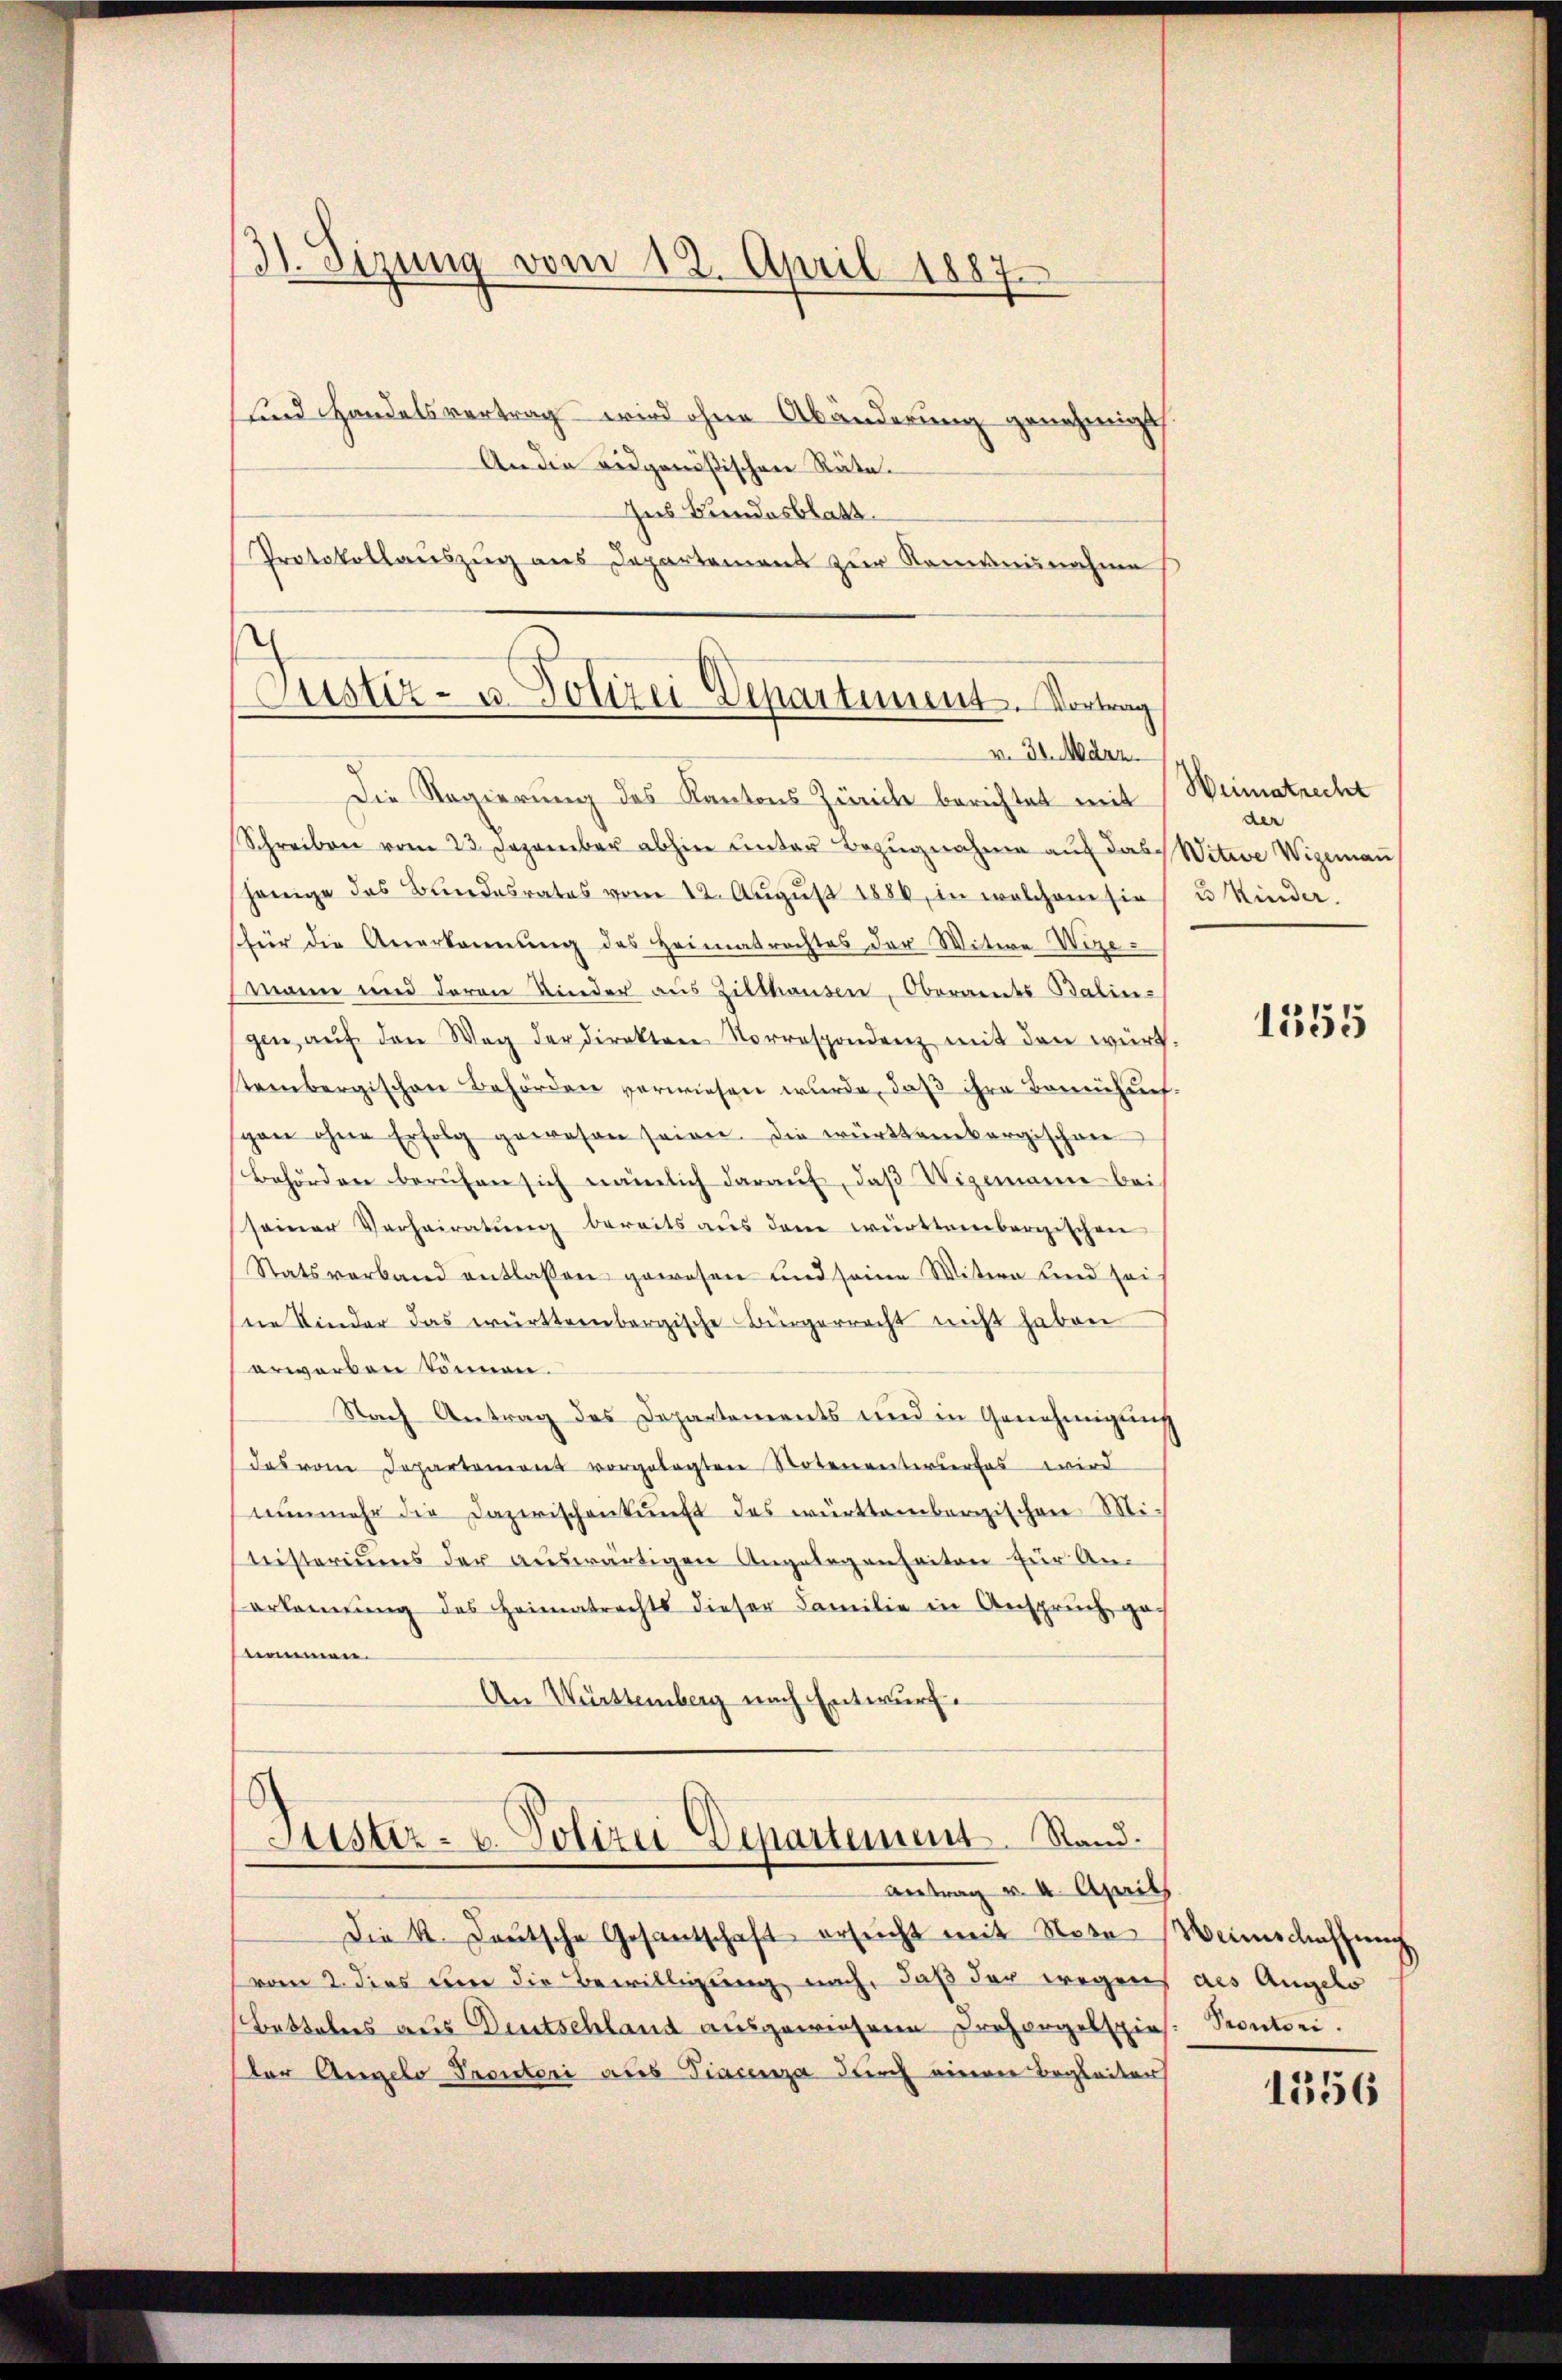
31. Sizung vom 12. April 1887
und Handelsvertrag – wird ohne Abänderung genehmigt.
An die eidgenößischen Räte.

Justiz- u. Polizei Departiment. Vortrag
v. 31. März.

Ins Bundesblatt
Protokollauszug aus Departement zur Rommannahme

Die Regierung des Kantons Zürche berichtet mit Weimatrecht
Schreiben vom 23. Dezember abhin unter Bezugnahme auf das Witwe Wigemau
henige des Bundesrates vom 12. Aŭgŭst 1886, in welchem sie u Kinder.
für die Anerkennung des Heimatrachtes der Witwe Wezemann und daran Kinder aus Zilthausen, Oberandes Balin-
gen aŭf den Weg der direktore Vorrespondenz mit den würt.
stembergischen Behörden verwiesen wurde, daß ihre Bemühung.
gan ohne Erfolg gewesen seien. Die württembergischen
Behörden beruhen sich nämlich daraŭf, daβ Wigemann bei
seiner Verheiratŭng bereits aŭs dem württembergischen
Statsverband entlassen gewesen und seine Witwe und sei
eie Kinder das württembergische Bürgerrecht nicht haben
erworben können.
Nach Antrag des Departements und in Genehmigung
(das vom Departemons vorgelegten Notenanterwerfes wird
nŭnmehr die Dazwischenkunft des württembergischen Mitisteriums der aŭswärtigen Angelegenheiten für An-
erkennung des Heimatrechts dieser Familie in Anspruch ga
nonnen.
An Württemberg nach Entwurf.

Lister- u. Polizei-Departement. Stand.
Antrag v. 4. April

Die k. Lautsche Gesantschaft ersucht mit Notar Weinschaffung
vom 2. dies um die Bewilligung nach, daß der wegen
Bettobers aus Deutschland ausgewiesene Prohorgelspies: Pontori.
der Angelo Protori aus Tracenza durch einerer Begleiter

der

1355

des Angelo
1556